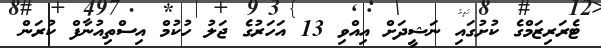
ޓެރަރިޒަމްގެ ކުށުގައި ނަޝީދަށް އިއްވި 13 އަހަރުގެ ޖަލު ހުކުމް އިސްތިއުނާފް ކުރަން